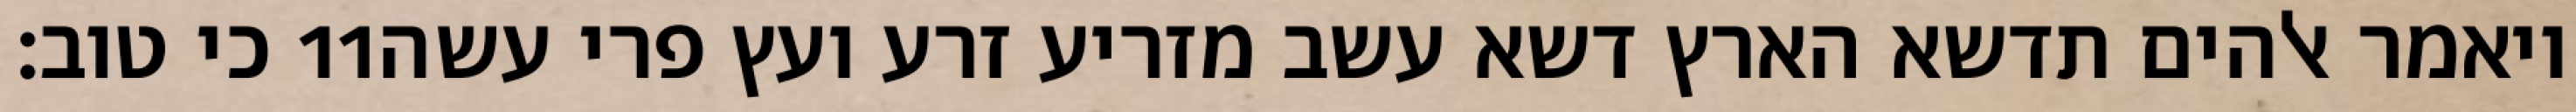
כי טוב׃ ‎11‏ ויאמר אלהים תדשא הארץ דשא עשב מזריע זרע ועץ פרי עשה